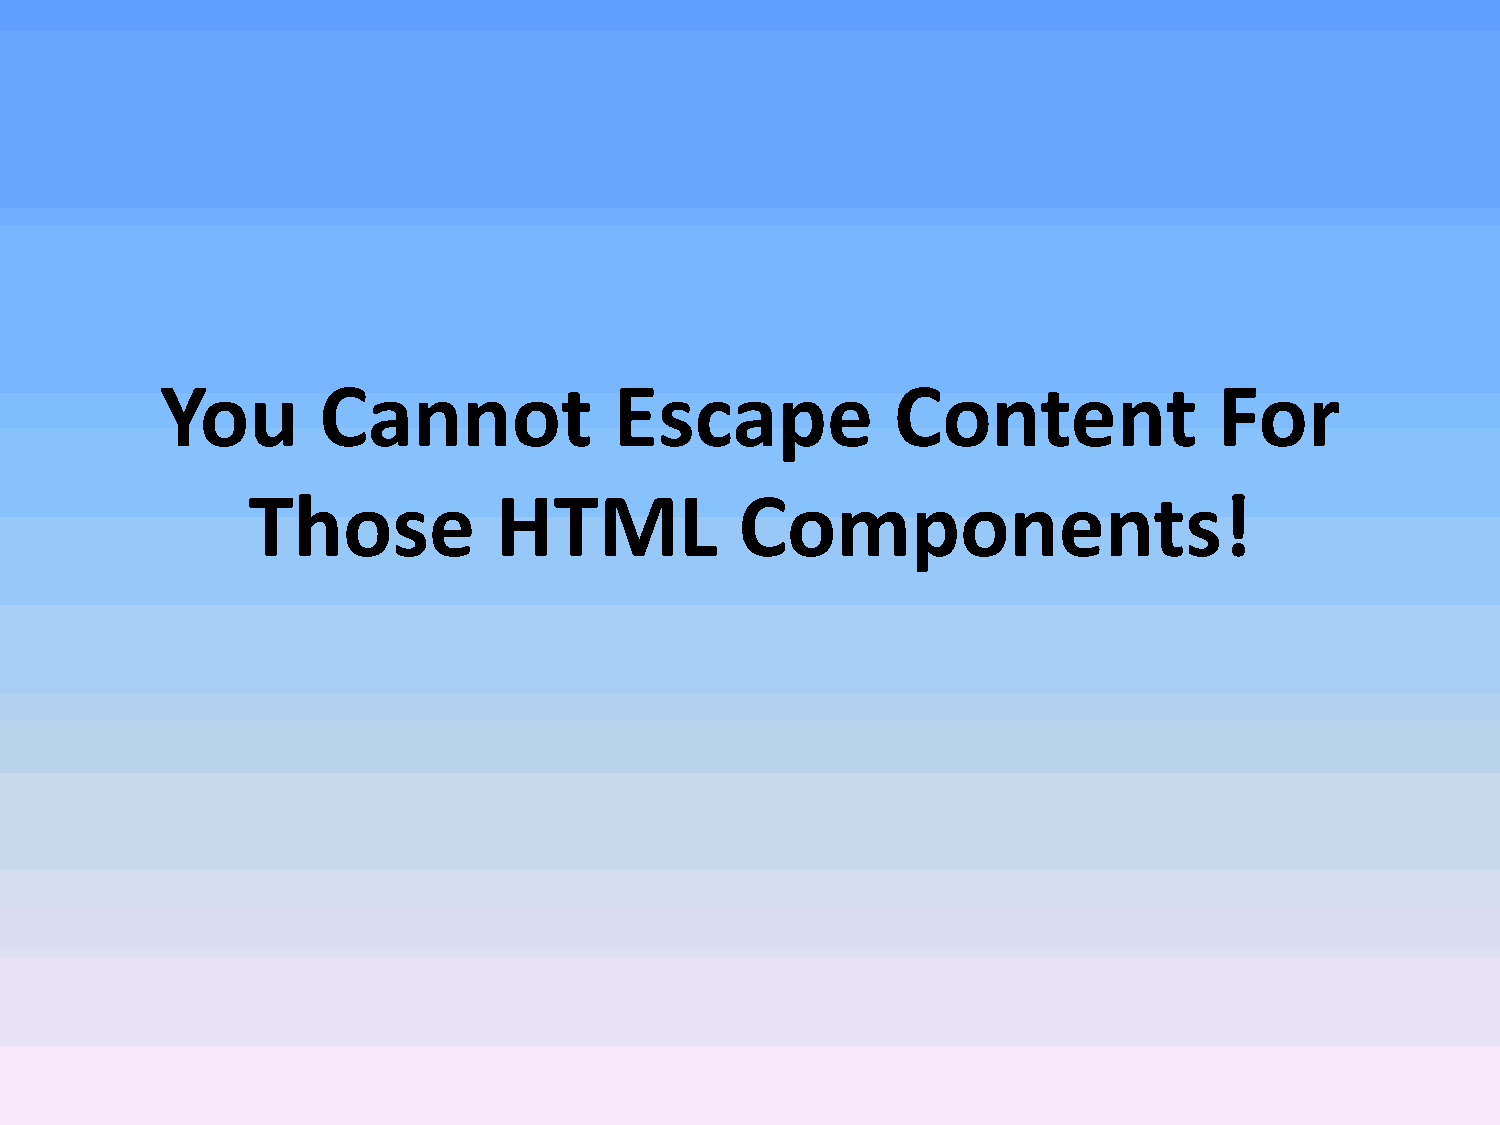
You       Cannot              Escape            Content               For
 Those            HTML            Components!